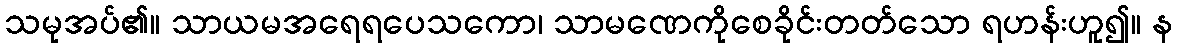
သမုအပ်၏။ သာယမအရေရပေသကော၊ သာမဏေကိုစေခိုင်းတတ်သော ရဟန်းဟူ၍။ န